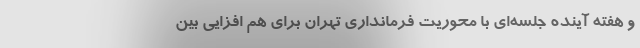
و هفته آینده جلسه‌ای با محوریت فرمانداری تهران برای هم افزایی بین